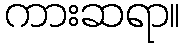
ကားဆရာ။